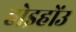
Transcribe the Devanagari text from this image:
होइहोंउ